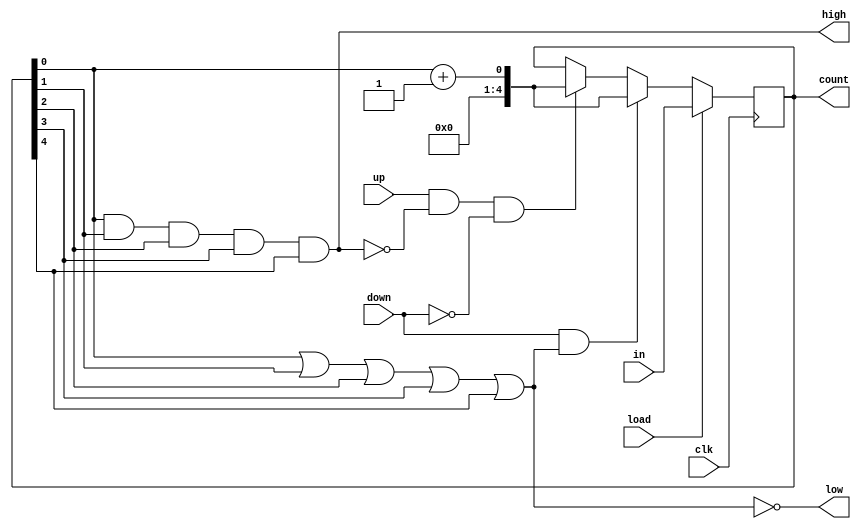
module Up_Dn_Counter(  
input [4:0]in,
input load, up, down, //load-->down-->up
input clk,


output reg [4:0] count,
output high, low
);
  
  wire value, addend;
  
  assign high=count[0] &count[1] &count[2] &count[3] &count[4];
  assign low=~(count[0] |count[1] |count[2] |count[3] |count[4]);
  
  
  assign  value =count+addend;
  assign addend= (down ==1)? 00001:11111;
  
  
  
  always @(posedge clk)
  begin
    
    if(load == 1)
      count<=in;
      
    else if(down == 1 && low == 0)
        count<=value;
        
    else if(up == 1 && high == 0 &&down != 1)
         count<=value;
    
    
  end
  
  
endmodule